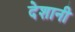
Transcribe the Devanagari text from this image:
देशानी